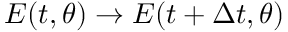
E ( t , { \boldsymbol { \theta } } ) \to E ( t + \Delta t , { \boldsymbol { \theta } } )